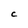
Character: C